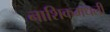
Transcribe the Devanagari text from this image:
नाशिकमधली